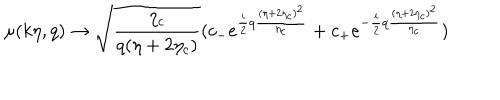
\mu ( k \eta , q ) \rightarrow \sqrt { \frac { \eta _ { c } } { q ( \eta + 2 \eta _ { c } ) } } ( c _ { - } e ^ { \frac { i } { 2 } q \frac { ( \eta + 2 \eta _ { c } ) ^ { 2 } } { \eta _ { c } } } + c _ { + } e ^ { - \frac { i } { 2 } q \frac { ( \eta + 2 \eta _ { c } ) ^ { 2 } } { \eta _ { c } } } )